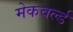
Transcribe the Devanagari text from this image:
मेकवर्ल्ड